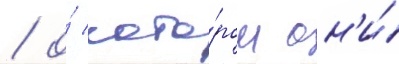
/ о́ кото́ром он'и́